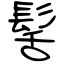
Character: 髺